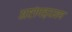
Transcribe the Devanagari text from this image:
अष्टांगहृदयम